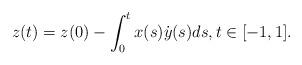
LaTeX: \begin{align*}z(t)=z(0)-\int_0^t x(s)\dot y(s) ds,t\in [-1,1].\end{align*}